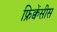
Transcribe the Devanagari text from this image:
फ्रिक्वेंसीस